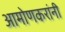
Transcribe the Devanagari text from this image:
आमोणकरांनी